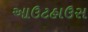
આઉટહાઉસ